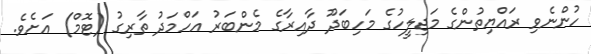
ހުންނެވި ރައްޔިތުންގެ މަޖިލީހުގެ މަހިބަދޫ ދާއިރާގެ މެންބަރު އަހްމަދު ތާރިގު (ޓޮމް) އަށެވެ.